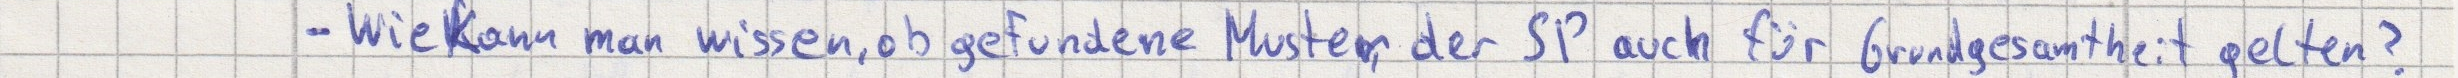
- Wie kann man wissen, ob gefundene Muster der SP auch für Grundgesamtheit gelten?